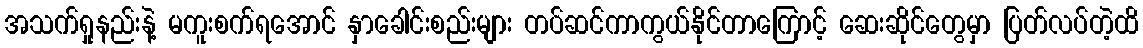
အသက်ရှုနည်းနဲ့ မကူးစက်ရအောင် နှာခေါင်းစည်းများ တပ်ဆင်ကာကွယ်နိုင်တာကြောင့် ဆေးဆိုင်တွေမှာ ပြတ်လပ်တဲ့ထိ